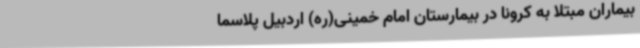
بیماران مبتلا به کرونا در بیمارستان امام خمینی(ره) اردبیل پلاسما